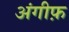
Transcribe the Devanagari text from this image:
अंगीफ़